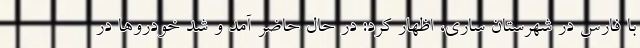
با فارس در شهرستان ساری، اظهار کرد: در حال حاضر آمد و شد خودروها در